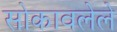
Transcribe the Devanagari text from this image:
सोकावलेले